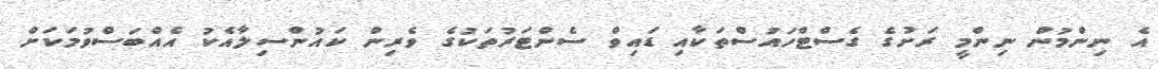
އެ ނިންމުން ނިންމީ ރަށުގެ ގެސްޓްހައުސްތަކާއި ޑައިވް ސެންޓަރުތަކުގެ ވެރިން ކައުންސިލާއެކު އެއްބަސްވުމަކަށް